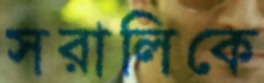
সরালিকে